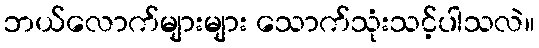
ဘယ်လောက်များများ သောက်သုံးသင့်ပါသလဲ။